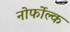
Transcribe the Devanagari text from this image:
नोर्फोल्क